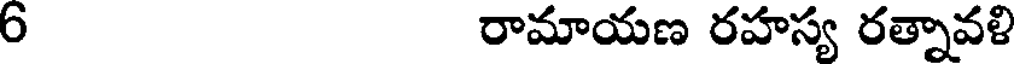
6 రామాయణ రహస్య రత్నావళి